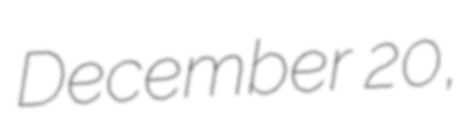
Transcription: December 20,